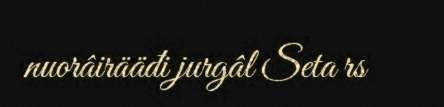
nuorâirääđi jurgâl Seta rs